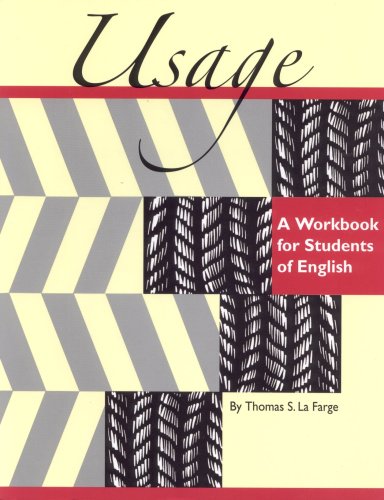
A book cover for Usage: A Workbook for Students of English; Tom La Farge; Teen & Young Adult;